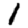
Digit: 1